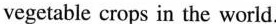
vegetable crops in the world.